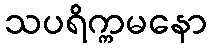
သပရိက္ကမနော